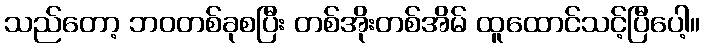
သည်တော့ ဘဝတစ်ခုစပြီး တစ်အိုးတစ်အိမ် ထူထောင်သင့်ပြီပေါ့။